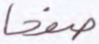
صفحا